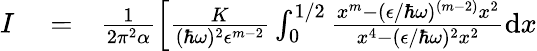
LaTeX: \begin{array}{rlr}{I}&{{}=}&{\frac{1}{2\pi^{2}\alpha}\left[\frac{K}{(\hbar\omega)^{2}\epsilon^{m-2}}\int_{0}^{1/2}\frac{x^{m}-(\epsilon/\hbar\omega)^{(m-2)}x^{2}}{x^{4}-(\epsilon/\hbar\omega)^{2}x^{2}}\textrm{d}x\right.}\end{array}